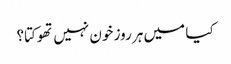
کیا میں ہر روز خون نہیں تھوکتا؟